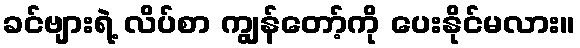
ခင်ဗျားရဲ့ လိပ်စာ ကျွန်တော့်ကို ပေးနိုင်မလား။